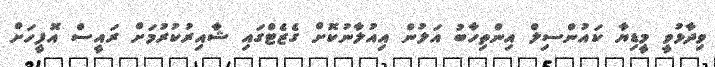
ވިދާޅުވީ މީޑިޔާ ކައުންސިލް އިންތިހާބު އަލުން އިއުލާނުކޮށް ގެޒެޓްގައި ޝާއިރުކުރުމަށް ރައީސް އޮފީހަށް